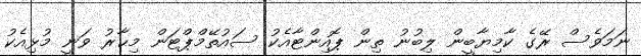
ނަމަވެސް ރޭގެ ކާމިޔާބީން ލިބުނު ތިން ޕޮއިންޓާއެކު ސައުތޭމްޕްޓަން މިޙާރު ވަނީ މުޅިއެކު